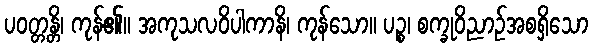
ပဝတ္တန္တိ၊ ကုန်၏။ အကုသလဝိပါကာနိ၊ ကုန်သော။ ပဉ္စ၊ စက္ခုဝိညာဉ်အစရှိသော